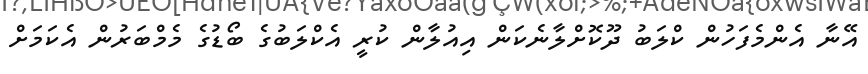
އޭނާ އެންމެފަހުން ކްލަބު ދޫކޮށްލާނެކަން އިއުލާން ކުރީ އެކްލަބުގެ ބޯޑުގެ މެމްބަރުން އެކަމަށް